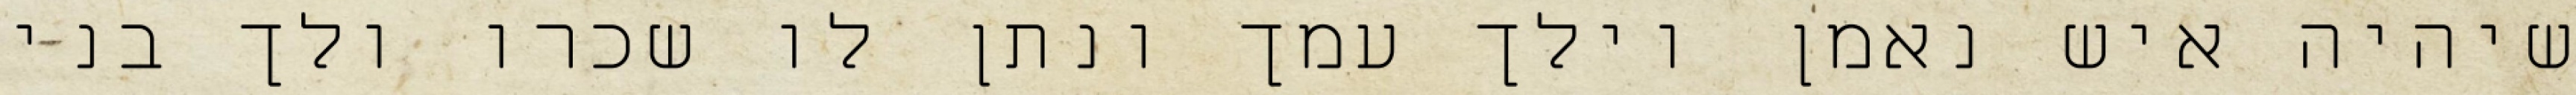
שיהיה איש נאמן וילך עמך ונתן לו שכרו ולך בני